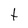
Character: t